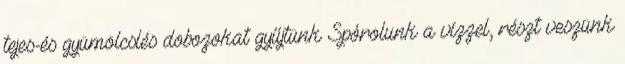
tejes-és gyümölcslés dobozokat gyűjtünk Spórolunk a vízzel, részt veszünk